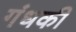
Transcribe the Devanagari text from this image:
गंधकी